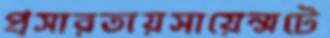
প্রসারতায়সায়েন্সটে